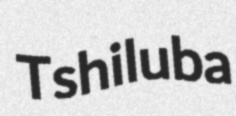
Tshiluba